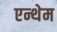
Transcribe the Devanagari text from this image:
एन्थेम